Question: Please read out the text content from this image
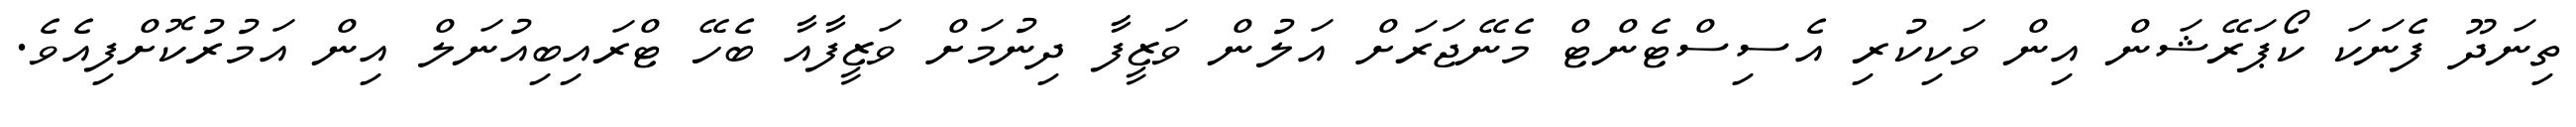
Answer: ތިނަދޫ ފެނަކަ ކޯޕަރޭޝަން އިން ވަކިކުރި އެސިސްޓެންޓް މެނޭޖަރަށް އަލުން ވަޒީފާ ދިނުމަށް ވަޒީފާއާ ބެހޭ ޓްރައިބިއުނަލް އިން އަމުރުކޮށްފިއެވެ.